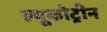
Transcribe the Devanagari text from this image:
ल्यूकोट्रीन